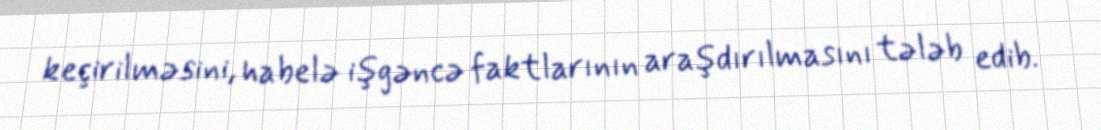
keçirilməsini, habelə işgəncə faktlarının araşdırılmasını tələb edib.